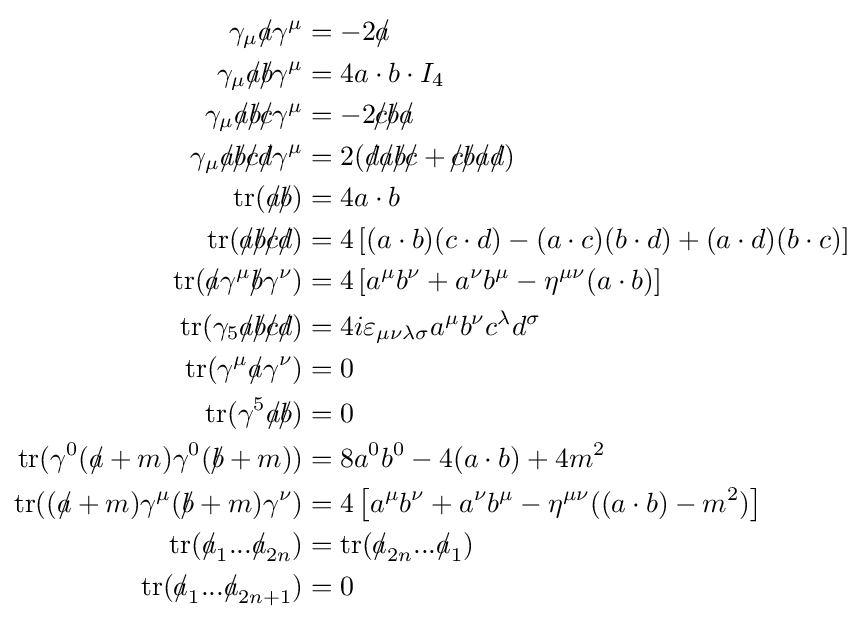
{\begin{aligned}\gamma _{\mu }{a\!\!\!/}\gamma ^{\mu }&=-2{a\!\!\!/}\\\gamma _{\mu }{a\!\!\!/}{b\!\!\!/}\gamma ^{\mu }&=4a\cdot b\cdot I_{4}\\\gamma _{\mu }{a\!\!\!/}{b\!\!\!/}{c\!\!\!/}\gamma ^{\mu }&=-2{c\!\!\!/}{b\!\!\!/}{a\!\!\!/}\\\gamma _{\mu }{a\!\!\!/}{b\!\!\!/}{c\!\!\!/}{d\!\!\!/}\gamma ^{\mu }&=2({d\!\!\!/}{a\!\!\!/}{b\!\!\!/}{c\!\!\!/}+{c\!\!\!/}{b\!\!\!/}{a\!\!\!/}{d\!\!\!/})\\\operatorname {tr} ({a\!\!\!/}{b\!\!\!/})&=4a\cdot b\\\operatorname {tr} ({a\!\!\!/}{b\!\!\!/}{c\!\!\!/}{d\!\!\!/})&=4\left[(a\cdot b)(c\cdot d)-(a\cdot c)(b\cdot d)+(a\cdot d)(b\cdot c)\right]\\\operatorname {tr} ({a\!\!\!/}{\gamma ^{\mu }}{b\!\!\!/}{\gamma ^{\nu }})&=4\left[a^{\mu }b^{\nu }+a^{\nu }b^{\mu }-\eta ^{\mu \nu }(a\cdot b)\right]\\\operatorname {tr} (\gamma _{5}{a\!\!\!/}{b\!\!\!/}{c\!\!\!/}{d\!\!\!/})&=4i\varepsilon _{\mu \nu \lambda \sigma }a^{\mu }b^{\nu }c^{\lambda }d^{\sigma }\\\operatorname {tr} ({\gamma ^{\mu }}{a\!\!\!/}{\gamma ^{\nu }})&=0\\\operatorname {tr} ({\gamma ^{5}}{a\!\!\!/}{b\!\!\!/})&=0\\\operatorname {tr} ({\gamma ^{0}}({a\!\!\!/}+m){\gamma ^{0}}({b\!\!\!/}+m))&=8a^{0}b^{0}-4(a\cdot b)+4m^{2}\\\operatorname {tr} (({a\!\!\!/}+m){\gamma ^{\mu }}({b\!\!\!/}+m){\gamma ^{\nu }})&=4\left[a^{\mu }b^{\nu }+a^{\nu }b^{\mu }-\eta ^{\mu \nu }((a\cdot b)-m^{2})\right]\\\operatorname {tr} ({a\!\!\!/}_{1}...{a\!\!\!/}_{2n})&=\operatorname {tr} ({a\!\!\!/}_{2n}...{a\!\!\!/}_{1})\\\operatorname {tr} ({a\!\!\!/}_{1}...{a\!\!\!/}_{2n+1})&=0\end{aligned}}